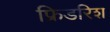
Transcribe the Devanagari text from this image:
फ्रिडरिश